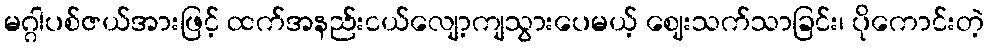
မဂ္ဂါပစ်ဇယ်အားဖြင့် ထက်အနည်းငယ်လျော့ကျသွားပေမယ့် ဈေးသက်သာခြင်း၊ ပိုကောင်းတဲ့